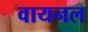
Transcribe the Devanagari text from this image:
वायनल